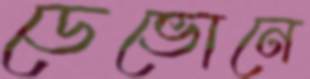
ডেভোনে